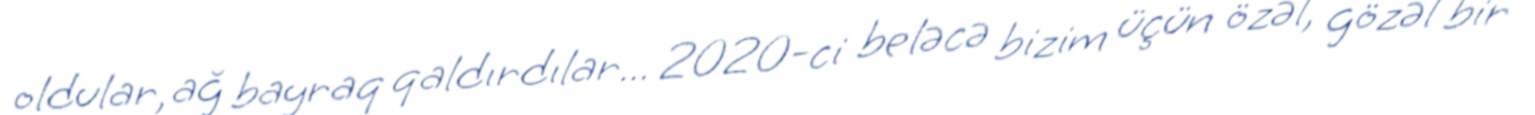
oldular, ağ bayraq qaldırdılar... 2020-ci beləcə bizim üçün özəl, gözəl bir